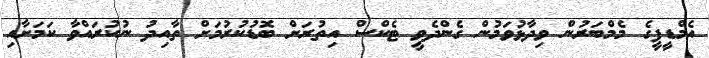
އެމްޑީޕީގެ މެމްބަރުން ވިދާޅުވަމުން ގެންދެވީ ޓެކްސް އިތުރަށް ބޮޑުކުރުމަށް ތާއިދު ނުކުރައްވާ ކަމަށާއި